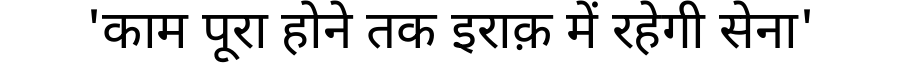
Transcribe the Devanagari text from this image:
'काम पूरा होने तक इराक़ में रहेगी सेना'